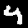
Digit: 4